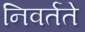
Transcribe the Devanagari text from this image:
निवर्तते